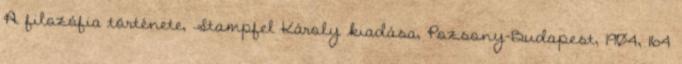
A filozófia története, Stampfel Károly kiadása, Pozsony–Budapest, 1904, 164